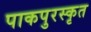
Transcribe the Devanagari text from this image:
पाकपुरस्कृत